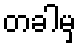
တခါမှ